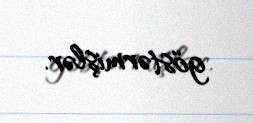
göstərmişlər.